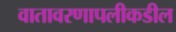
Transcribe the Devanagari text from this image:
वातावरणापलीकडील